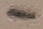
Text: 1